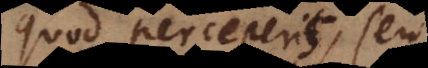
quod perceperis, seu